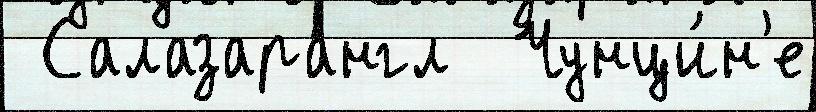
 Салазарангл  Чунци́н'е